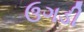
ઉગડી